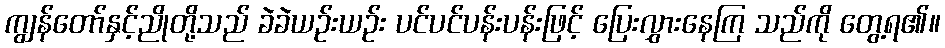
ကျွန်တော်နှင့်ညိုတို့သည် ခဲခဲယဉ်းယဉ်း ပင်ပင်ပန်းပန်းဖြင့် ပြေးလွှားနေကြ သည်ကို တွေ့ရ၏။